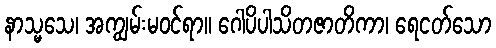
နာသ္မသေ၊ အကျွမ်းမဝင်ရာ။ ဂေါပိပါသိတဇာတိကာ၊ ရေငတ်သော